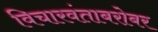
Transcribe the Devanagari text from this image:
विचारवंताबरोबर